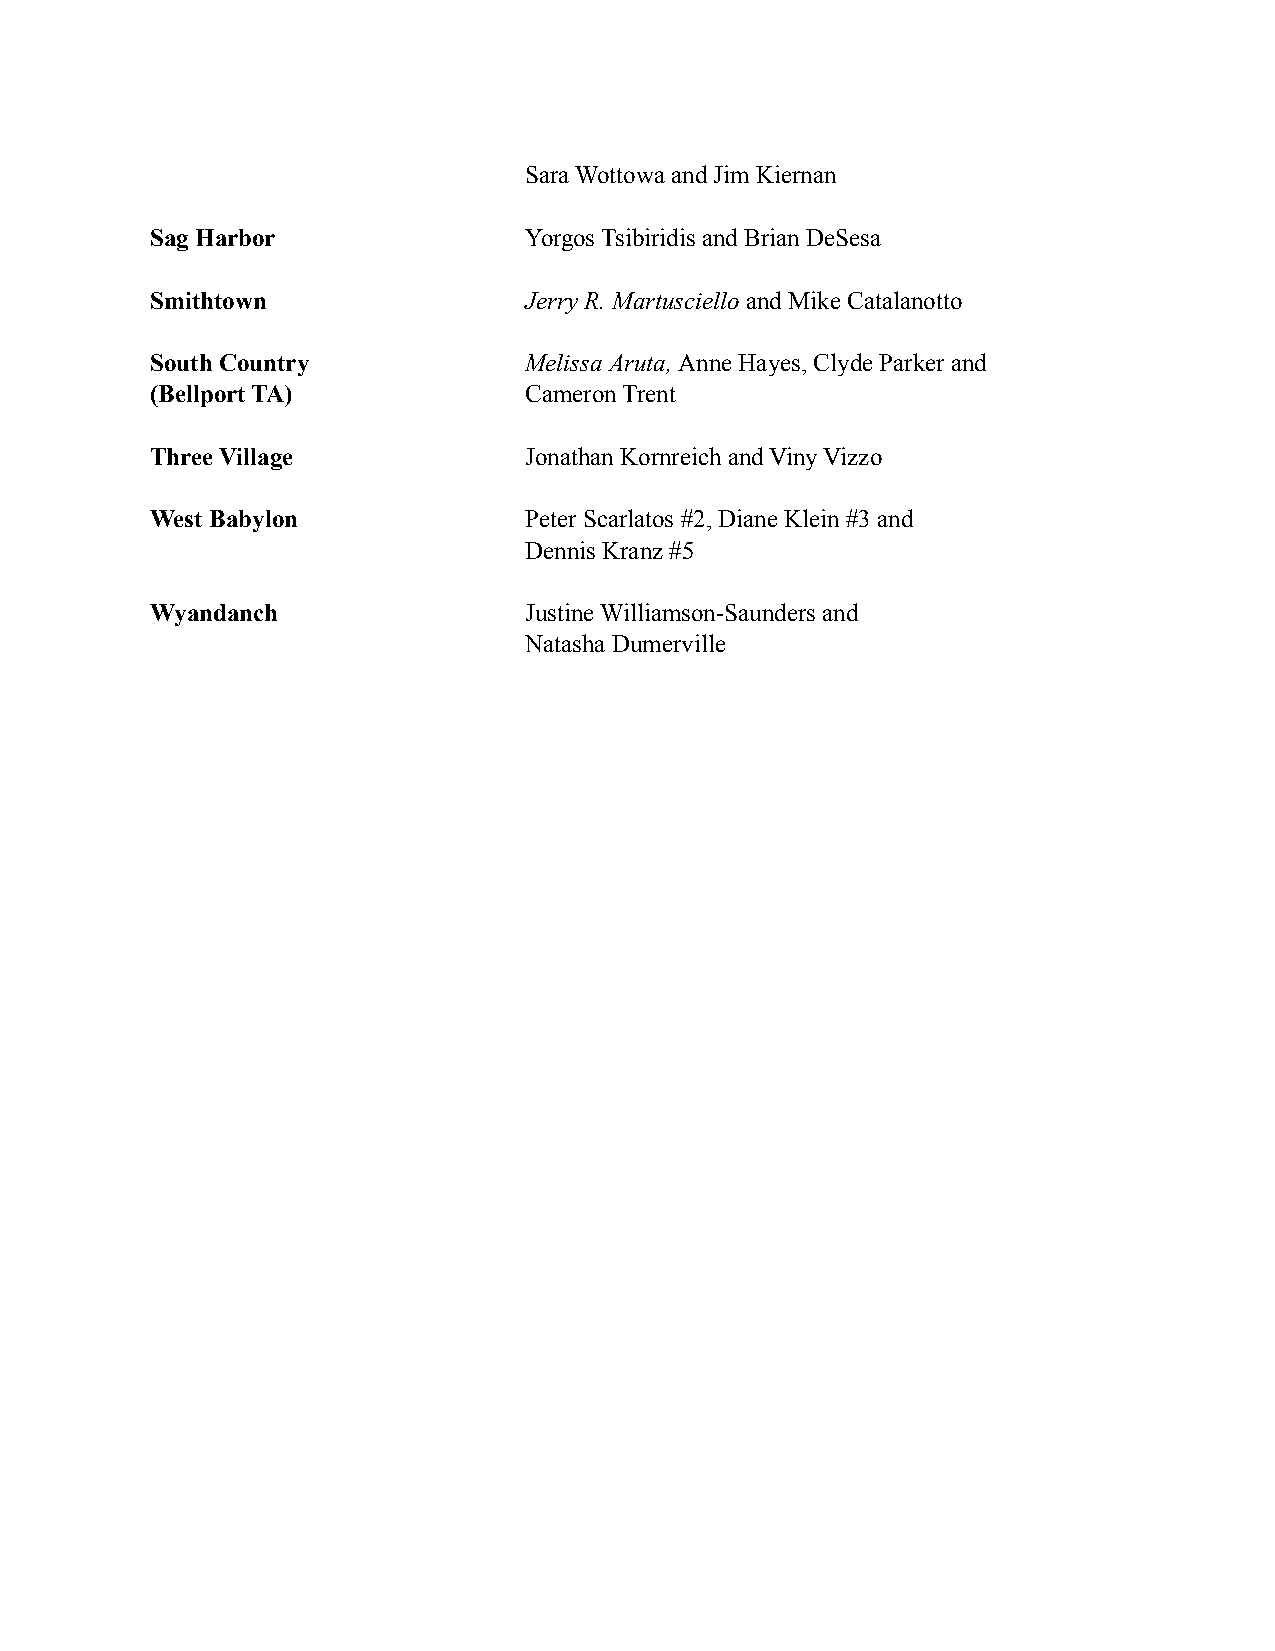
Sara Wottowa and Jim Kiernan
 Sag Harbor               Yorgos Tsibiridis and Brian DeSesa
 Smithtown                Jerry R. Martusciello and Mike Catalanotto
 South Country            Melissa Aruta, Anne Hayes, Clyde Parker and
 (Bellport TA)            Cameron Trent
 Three Village            Jonathan Kornreich and Viny Vizzo
 West Babylon             Peter Scarlatos #2, Diane Klein #3 and
 Dennis Kranz #5
 Wyandanch                Justine Williamson-Saunders and
 Natasha Dumerville